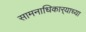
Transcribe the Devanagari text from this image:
सामनाधिकार्‍याच्या